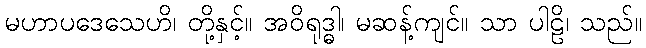
မဟာပဒေသေဟိ၊ တို့နှင့်။ အဝိရုဒ္ဓါ၊ မဆန့်ကျင်။ သာ ပါဠိ၊ သည်။